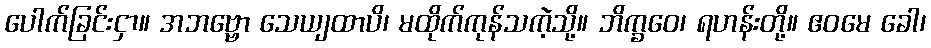
ပေါက်ခြင်းငှာ။ အဘဗ္ဗော သေယျထာပိ၊ မထိုက်ကုန်သကဲ့သို့။ ဘိက္ခဝေ၊ ရဟန်းတို့။ ဧဝမေ ခေါ၊